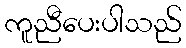
ကူညီပေးပါသည်